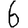
Digit: 6